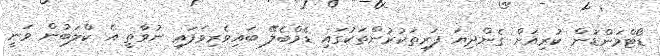
ޑޯޓްމަންޑުން ކުރިއަށް ގެންދިޔަ ފަރިތަކުރުންތަކުގައި ޑެމްބެލޭ ބައިވެރިވެފައި ނުވާތީ އެ ކްލަބުން ވަނީ